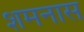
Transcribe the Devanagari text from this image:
शमनास